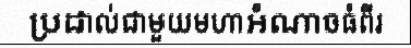
ប្រដាល់ជាមួយមហាអំណាចធំពីរ